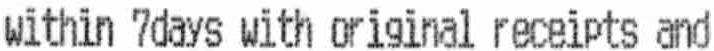
WITHIN 7DAYS WITH ORIGINAL RECEIPTS AND